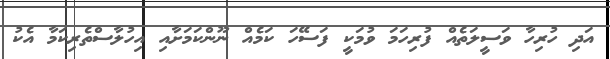
އަދި ހުރިހާ ވަސީލަތެއް ފުރިހަމަ ވުމަކީ ފަސޭހަ ކަމެއް ނޫންކަމަށާއި އިހުލާސްތެރިކަމާ އެކު